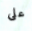
على